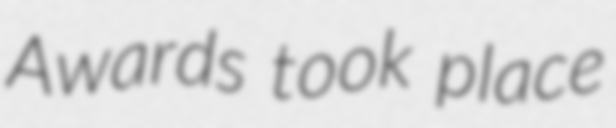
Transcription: Awards took place